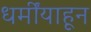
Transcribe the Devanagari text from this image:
धर्मींयाहून